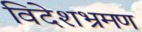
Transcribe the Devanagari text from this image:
विदेशभ्रमण